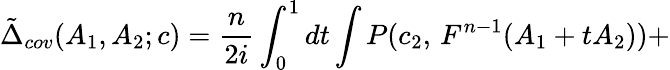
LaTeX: \tilde{\Delta}_{cov}(A_{1},A_{2};c)=\frac{n}{2i}\int_{0}^{1}dt\int P(c_{2},\, F^{n-1}(A_{1}+tA_{2}))+